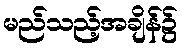
မည်သည့်အချိန်၌